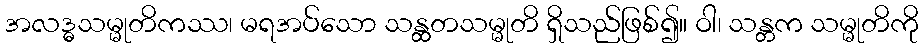
အလဒ္ဓသမ္မုတိကဿ၊ မရအပ်သော သန္ထတသမ္မုတိ ရှိသည်ဖြစ်၍။ ဝါ၊ သန္တက သမ္မုတိကို